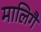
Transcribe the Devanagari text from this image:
मालिगै